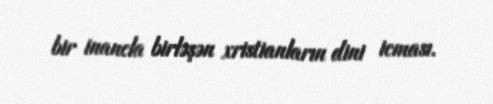
bir inancla birləşən xristianların dini icması.